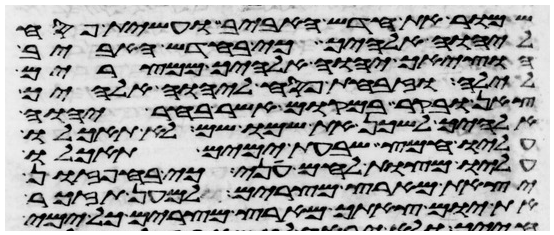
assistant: שמור את חדש האביב ועשית פסח
ליהוה אלהיך כי בחדש האביב
הוציאך יהוה אלהיך ממצרים
לילה וזבחת פסח ליהוה אלהיך
צאן ובקר במקום אשר בחר יהוה
אלהיך לשכן את שמו שם לא תאכלו
עליו חמץ שבעת ימים תאכלו
עליו מצות לחם עני כי בחפזון
יצאת מארץ מצרים למען תזכר
את יום צאתך מארץ מצרים כל ימי